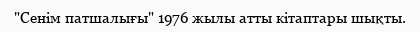
"Сенім патшалығы" 1976 жылы атты кітаптары шықты.